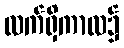
လက်ရှိကာလ၌